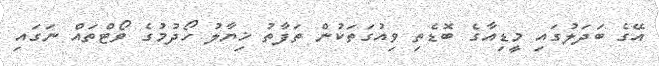
އޭގެ ބަދަލުގައި މީޑިއާގެ ބޮޑެތި ވިއުގަތަކުން ތަފާތު ޚިޔާލު ހޯދުމުގެ ވޯޓްތައް ނަގައި